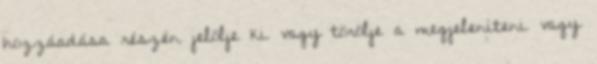
hozzáadása részén jelölje ki vagy törölje a megjeleníteni vagy